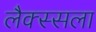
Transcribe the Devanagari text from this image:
लैक्स्सला